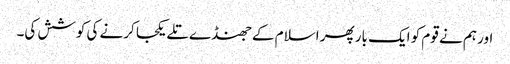
اور ہم نے قوم کو ایک بار پھر اسلام کے جھنڈے تلے یکجا کرنے کی کوشش کی۔